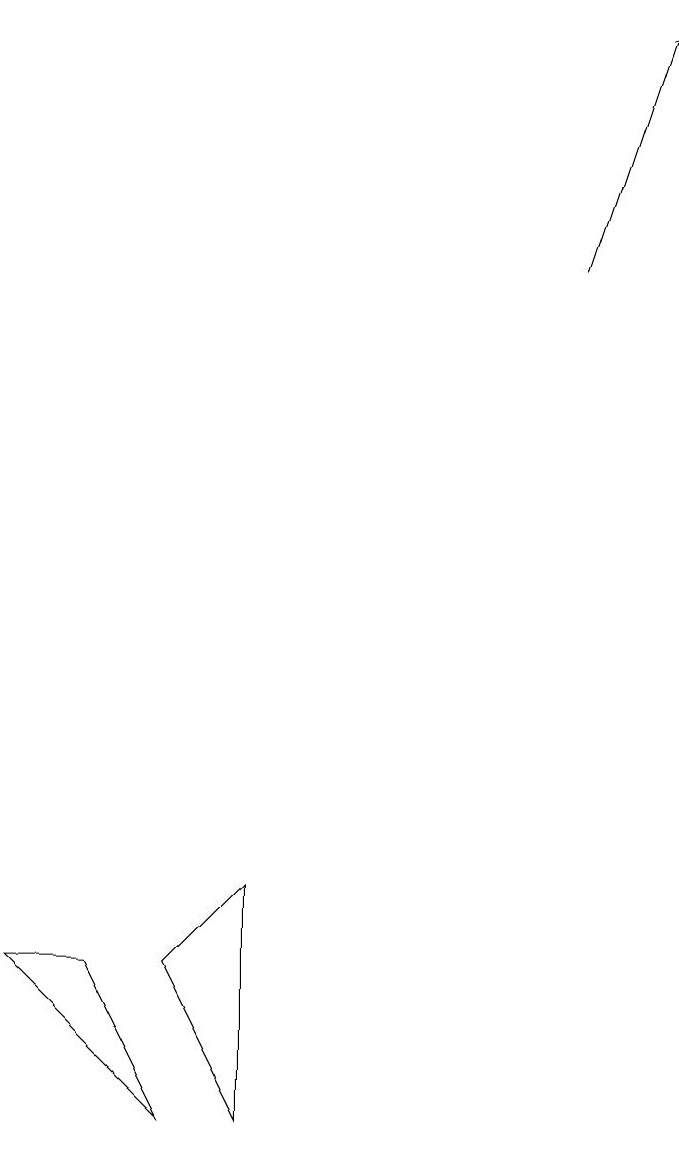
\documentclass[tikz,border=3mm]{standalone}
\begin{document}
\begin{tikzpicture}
\draw[->] (8,12) -- (9,15);
\draw (1,3) -- (2,3) -- (3,1) -- cycle;
\draw (4,4) -- (3,3) -- (4,1) -- cycle;
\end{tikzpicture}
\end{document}